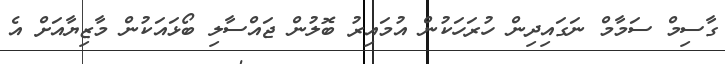
ގާސިމް ސަމާމް ނަގައިދިން ހުރަހަކުން އުމައިރު ބޮލުން ޖައްސާލި ބޯޅައަކުން މާޒިޔާއަށް އެ